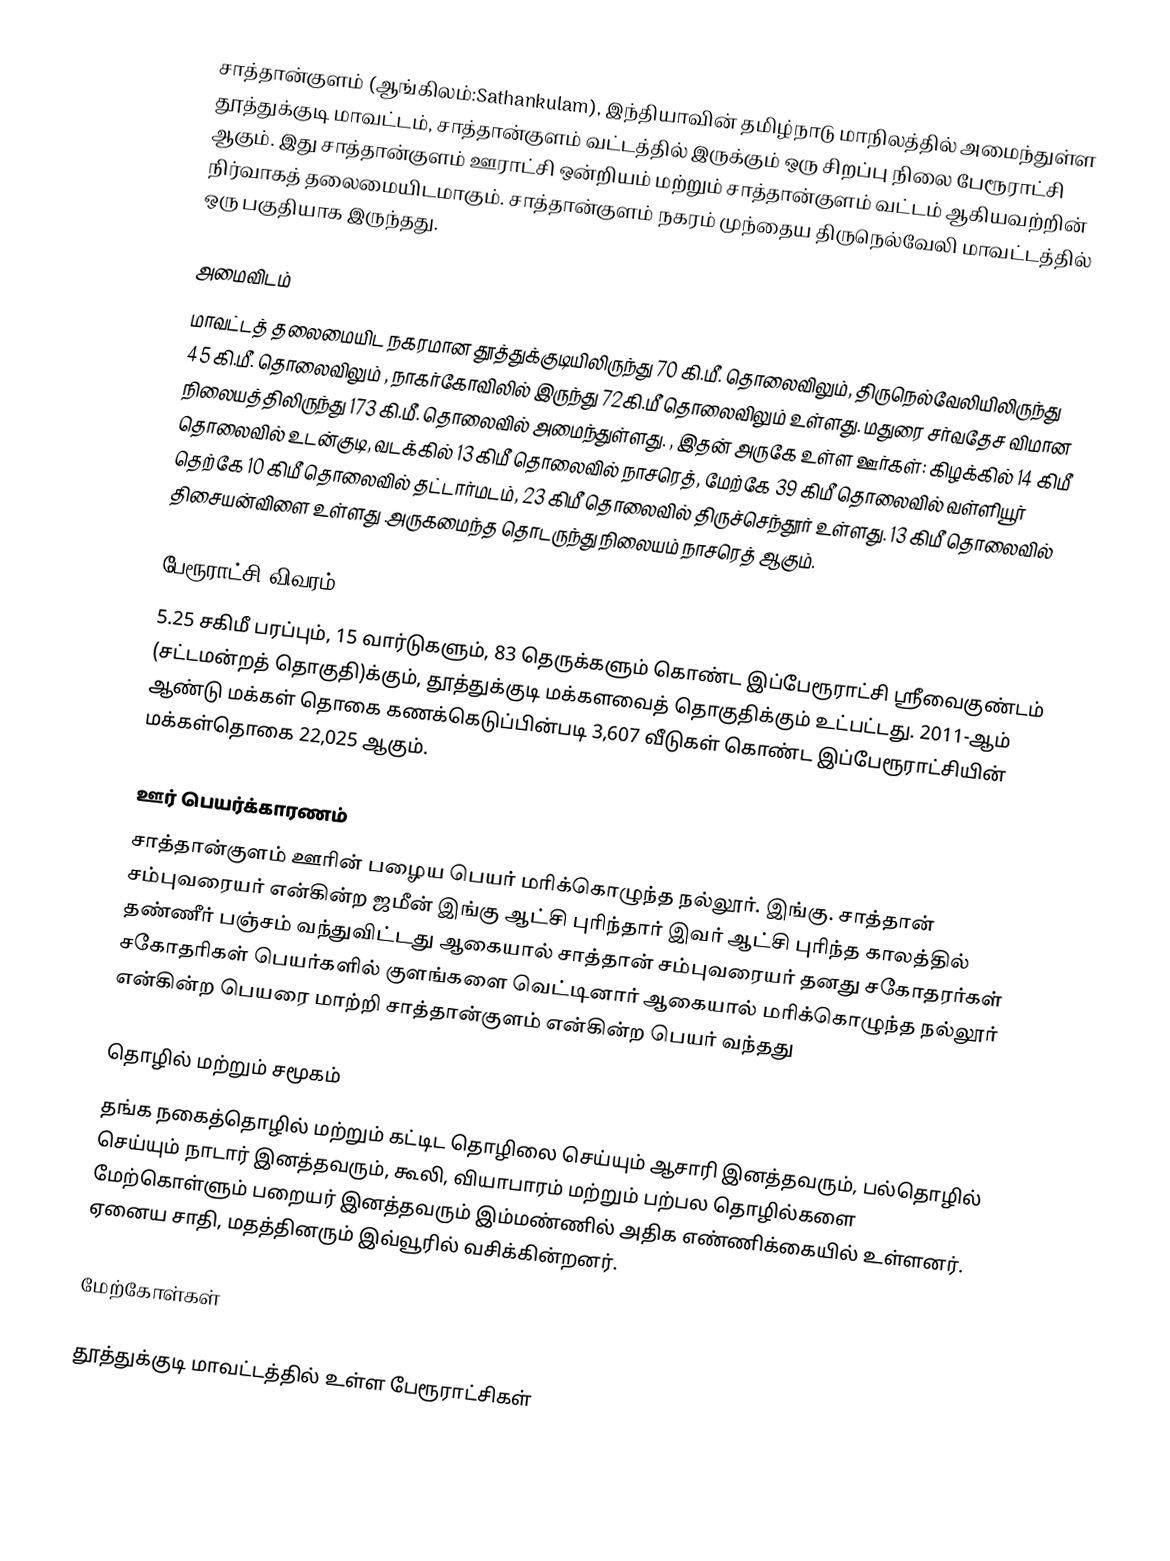
சாத்தான்குளம் (ஆங்கிலம்:Sathankulam), இந்தியாவின் தமிழ்நாடு மாநிலத்தில் அமைந்துள்ள தூத்துக்குடி மாவட்டம், சாத்தான்குளம் வட்டத்தில் இருக்கும் ஒரு சிறப்பு நிலை பேரூராட்சி ஆகும். இது சாத்தான்குளம் ஊராட்சி ஒன்றியம் மற்றும் சாத்தான்குளம் வட்டம் ஆகியவற்றின் நிர்வாகத் தலைமையிடமாகும். சாத்தான்குளம் நகரம் முந்தைய திருநெல்வேலி மாவட்டத்தில் ஒரு பகுதியாக இருந்தது.

அமைவிடம்
மாவட்டத் தலைமையிட நகரமான தூத்துக்குடியிலிருந்து 70  கி.மீ. தொலைவிலும், திருநெல்வேலியிலிருந்து 45 கி.மீ. தொலைவிலும் , நாகர்கோவிலில் இருந்து 72கி.மீ தொலைவிலும் உள்ளது. மதுரை சர்வதேச விமான நிலையத்திலிருந்து 173 கி.மீ. தொலைவில் அமைந்துள்ளது. , இதன் அருகே உள்ள ஊர்கள்: கிழக்கில் 14 கிமீ தொலைவில் உடன்குடி, வடக்கில் 13 கிமீ தொலைவில் நாசரெத், மேற்கே 39 கிமீ தொலைவில் வள்ளியூர் தெற்கே 10 கிமீ தொலைவில் தட்டார்மடம், 23 கிமீ தொலைவில் திருச்செந்தூர் உள்ளது. 13 கிமீ தொலைவில் திசையன்விளை உள்ளது .அருகமைந்த தொடருந்து நிலையம் நாசரெத் ஆகும்.

பேரூராட்சி விவரம்
5.25 சகிமீ பரப்பும், 15 வார்டுகளும், 83 தெருக்களும் கொண்ட இப்பேரூராட்சி ஸ்ரீவைகுண்டம் (சட்டமன்றத் தொகுதி)க்கும், தூத்துக்குடி மக்களவைத் தொகுதிக்கும் உட்பட்டது. 2011-ஆம் ஆண்டு மக்கள் தொகை கணக்கெடுப்பின்படி  3,607 வீடுகள் கொண்ட இப்பேரூராட்சியின் மக்கள்தொகை 22,025 ஆகும்.

ஊர் பெயர்க்காரணம்
சாத்தான்குளம் ஊரின் பழைய பெயர் மரிக்கொழுந்த நல்லூர். இங்கு. சாத்தான் சம்புவரையர் என்கின்ற ஜமீன் இங்கு ஆட்சி புரிந்தார் இவர் ஆட்சி புரிந்த காலத்தில் தண்ணீர் பஞ்சம் வந்துவிட்டது ஆகையால் சாத்தான் சம்புவரையர் தனது சகோதரர்கள் சகோதரிகள் பெயர்களில் குளங்களை வெட்டினார் ஆகையால் மரிக்கொழுந்த நல்லூர் என்கின்ற பெயரை மாற்றி சாத்தான்குளம் என்கின்ற பெயர் வந்தது

தொழில் மற்றும் சமூகம்
தங்க நகைத்தொழில் மற்றும் கட்டிட தொழிலை செய்யும் ஆசாரி இனத்தவரும், பல்தொழில் செய்யும் நாடார் இனத்தவரும், கூலி, வியாபாரம் மற்றும் பற்பல தொழில்களை மேற்கொள்ளும் பறையர் இனத்தவரும் இம்மண்ணில் அதிக எண்ணிக்கையில் உள்ளனர். ஏனைய சாதி, மதத்தினரும் இவ்வூரில் வசிக்கின்றனர்.

மேற்கோள்கள்

தூத்துக்குடி மாவட்டத்தில் உள்ள பேரூராட்சிகள்